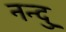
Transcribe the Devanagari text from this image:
नन्दु